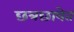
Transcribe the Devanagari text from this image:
छत्रछायेत